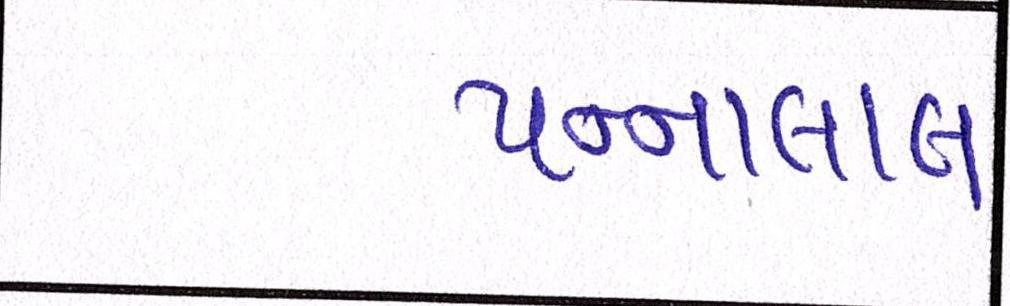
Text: પન્નાલાલ